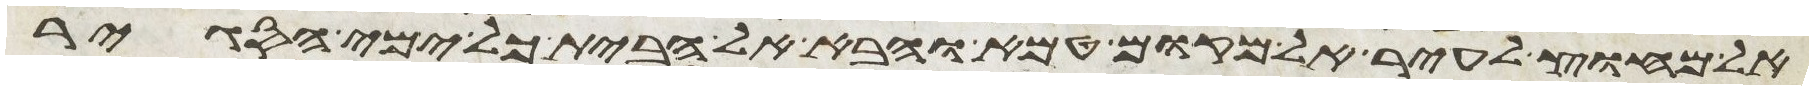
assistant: אל מחוץ לעיר אל מקום טמא והבא אל הבית כל ימי הסגיר